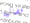
فضائية